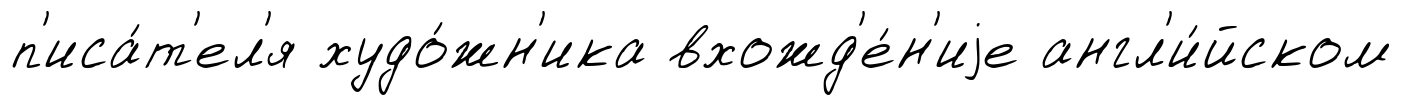
п'иса́т'ел'я худо́жн'ика вхожд'е́н'иjе англ'и́йском